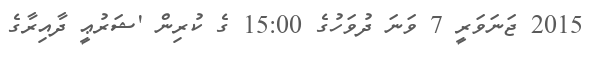
2015 ޖަނަވަރީ 7 ވަނަ ދުވަހުގެ 15:00 ގެ ކުރިން 'ޝަރުޢީ ދާއިރާގެ